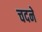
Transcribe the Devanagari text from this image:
चदने